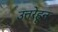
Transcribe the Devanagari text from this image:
उत्तरेहून